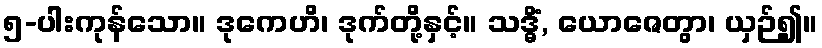
၅-ပါးကုန်သော။ ဒုကေဟိ၊ ဒုက်တို့နှင့်။ သဒ္ဓိံ, ယောဇေတွာ၊ ယှဉ်၍။